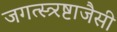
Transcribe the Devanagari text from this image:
जगत्स्त्र्रष्टाजैसी